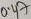
Text: 0.47